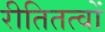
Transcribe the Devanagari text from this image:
रीतितत्वों